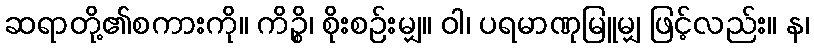
ဆရာတို့၏စကားကို။ ကိဉ္စိ၊ စိုးစဉ်းမျှ။ ဝါ၊ ပရမာဏုမြူမျှ ဖြင့်လည်း။ န၊